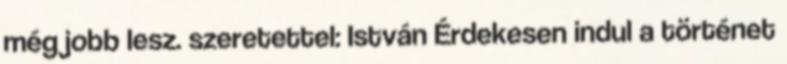
még jobb lesz. szeretettel: István Érdekesen indul a történet